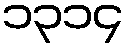
၁၃၁၄